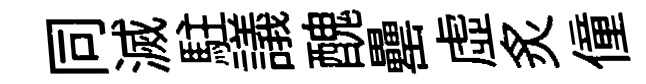
同滅駐議醜罍虛炙僮